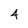
Character: 4